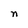
Character: n